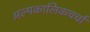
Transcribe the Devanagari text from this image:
अल्पकालिकचर्चा